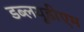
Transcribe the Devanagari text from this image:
डब्लयूडीएम